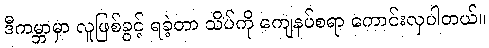
ဒီကမ္ဘာမှာ လူဖြစ်ခွင့် ရခဲ့တာ သိပ်ကို ကျေနပ်စရာ ကောင်းလှပါတယ်။